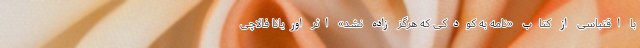
با اقتباسی از کتاب «نامه به کودکی که هرگز زاده نشد» اثر اوریانا فالاچی